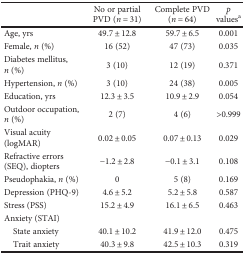
<table><thead><tr><td></td><td><b>No or partial PVD (<i>n</i> = 31)</b></td><td><b>Complete PVD (<i>n</i> = 64)</b></td><td><b><i>p</i> values<sup>a</sup></b></td></tr></thead><tbody><tr><td>Age, yrs</td><td>49.7 ± 12.8</td><td>59.7 ± 6.5</td><td>0.001</td></tr><tr><td>Female, <i>n</i> (%)</td><td>16 (52)</td><td>47 (73)</td><td>0.035</td></tr><tr><td>Diabetes mellitus, <i>n</i> (%)</td><td>3 (10)</td><td>12 (19)</td><td>0.371</td></tr><tr><td>Hypertension, <i>n</i> (%)</td><td>3 (10)</td><td>24 (38)</td><td>0.005</td></tr><tr><td>Education, yrs</td><td>12.3 ± 3.5</td><td>10.9 ± 2.9</td><td>0.054</td></tr><tr><td>Outdoor occupation, <i>n</i> (%)</td><td>2 (7)</td><td>4 (6)</td><td>&gt;0.999</td></tr><tr><td>Visual acuity (logMAR)</td><td>0.02 ± 0.05</td><td>0.07 ± 0.13</td><td>0.029</td></tr><tr><td>Refractive errors (SEQ), diopters</td><td>−1.2 ± 2.8</td><td>−0.1 ± 3.1</td><td>0.108</td></tr><tr><td>Pseudophakia, <i>n</i> (%)</td><td>0</td><td>5 (8)</td><td>0.169</td></tr><tr><td>Depression (PHQ-9)</td><td>4.6 ± 5.2</td><td>5.2 ± 5.8</td><td>0.587</td></tr><tr><td>Stress (PSS)</td><td>15.2 ± 4.9</td><td>16.1 ± 6.5</td><td>0.463</td></tr><tr><td>Anxiety (STAI)</td><td></td><td></td><td></td></tr><tr><td> State anxiety</td><td>40.1 ± 10.2</td><td>41.9 ± 12.0</td><td>0.475</td></tr><tr><td> Trait anxiety</td><td>40.3 ± 9.8</td><td>42.5 ± 10.3</td><td>0.319</td></tr></tbody></table>